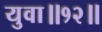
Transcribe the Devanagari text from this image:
युवा॥१२॥